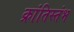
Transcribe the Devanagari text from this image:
क्रांतिस्तंभ